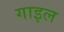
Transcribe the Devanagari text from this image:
गाइल